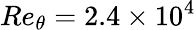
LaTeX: Re_{\theta}=2.4\times 10^{4}